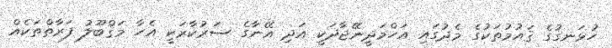
ހުޅަނގުގެ ޤައުމުތަކުގެ މެދުގައި އަހްމަދީނޭޖާދަކީ އަދި އޭނާގެ ސަރުކާރަކީ އެހާ މަޤްބޫލު ފަރާތްތަކެއް